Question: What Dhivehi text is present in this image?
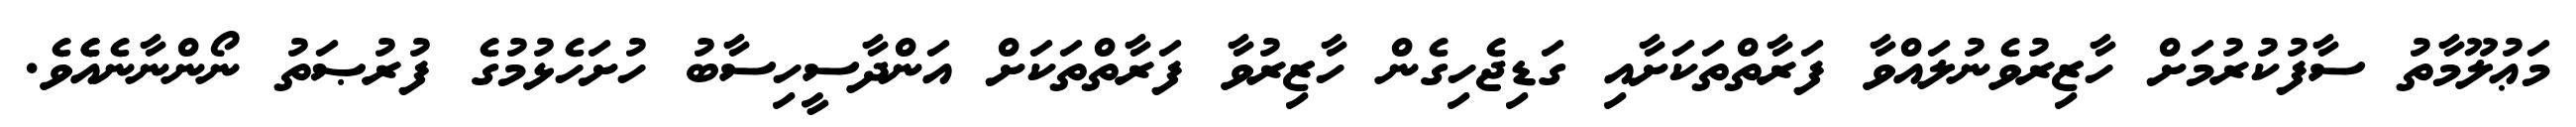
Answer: މަޢުލޫމާތު ސާފުކުރުމަށް ހާޒިރުވެނުލައްވާ ފަރާތްތަކަށާއި ގަޑިޖެހިގެން ހާޒިރުވާ ފަރާތްތަކަށް އަންދާސީހިސާބު ހުށަހެޅުމުގެ ފުރުޞަތު ނޯންނާނެއެެވެ.